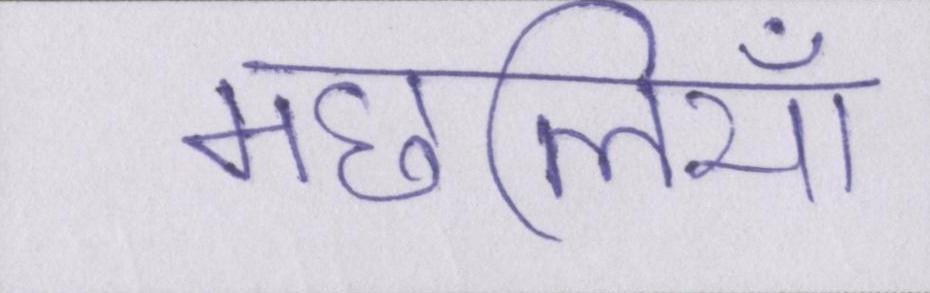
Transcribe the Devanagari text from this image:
मछलियाँ